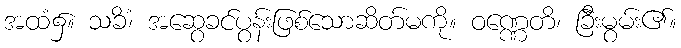
အထံ၌။ သခိံ၊ အဆွေခင်ပွန်းဖြစ်သောဆိတ်မကို။ ဝဏ္ဏေတိ၊ ခြီးမွမ်း၏။